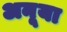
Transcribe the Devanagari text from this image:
अनूया